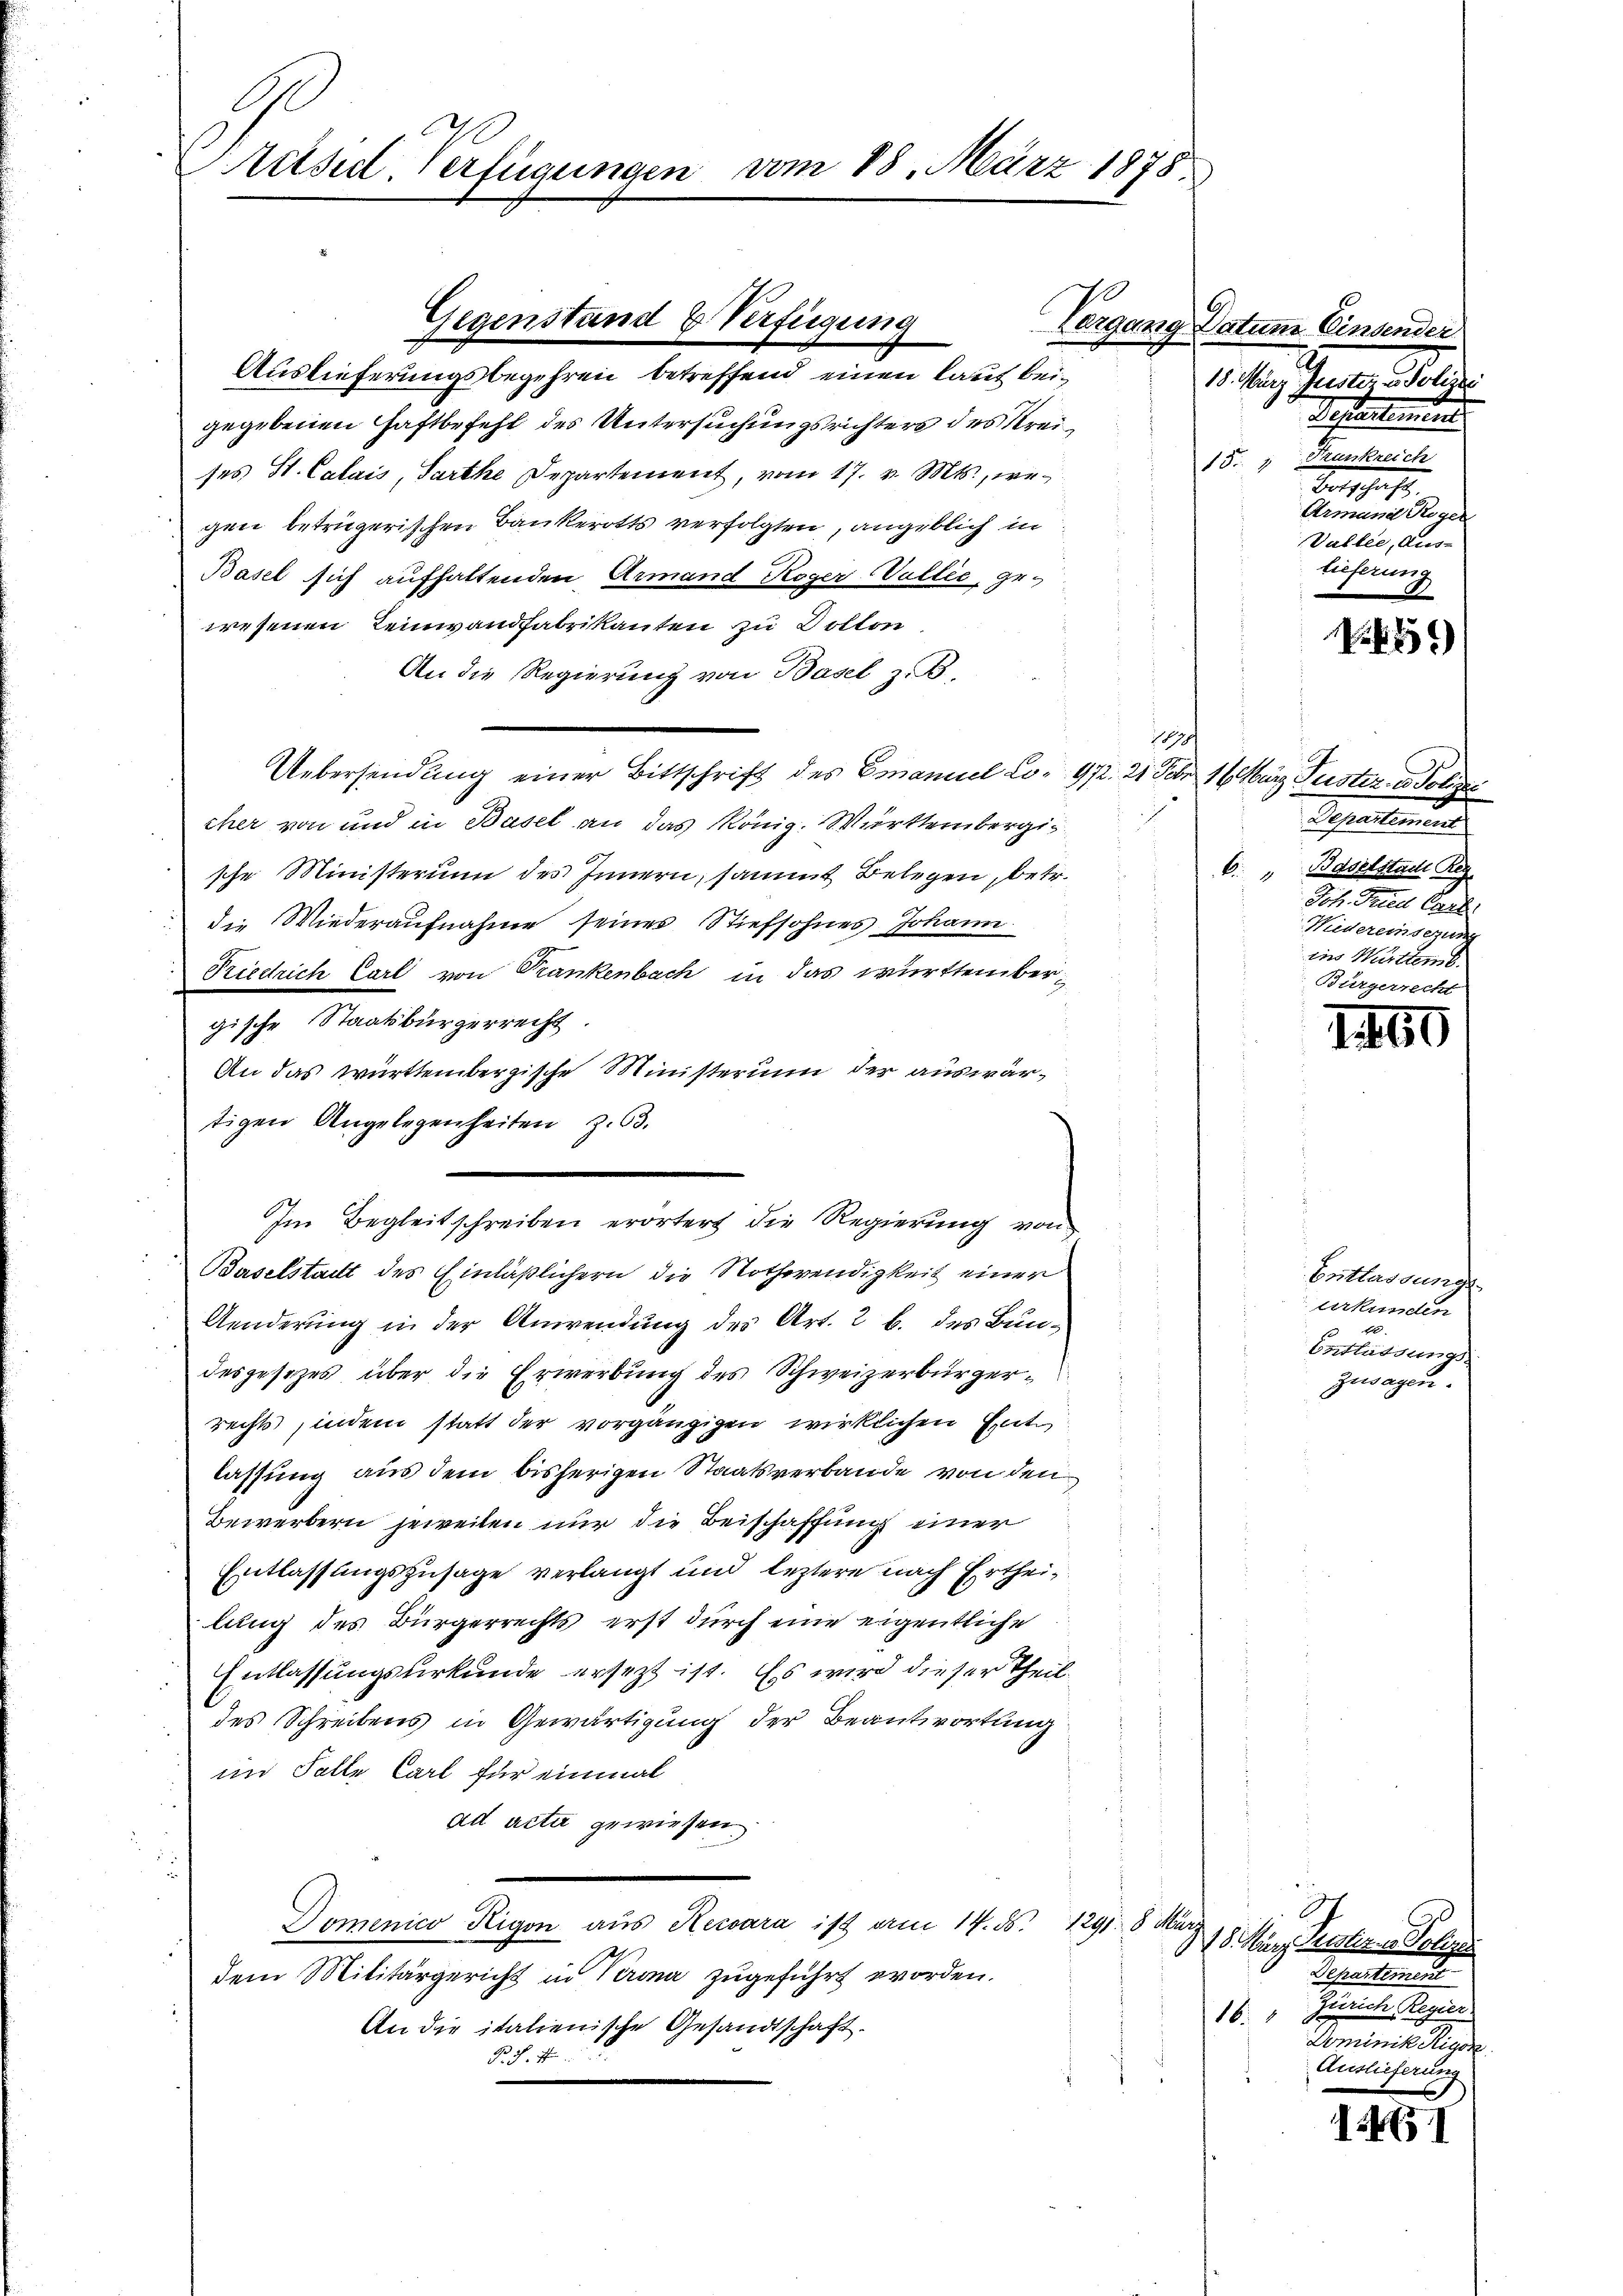
Präsid. Verfügungen vom 28. März 1878

Auslieferungsbegehren betreffend einen laut beigegebenen Haftbefehl des Untersuchungsrichters des Streises St. Calais, Parthe Departement, vom 17. v. Mts., wegen betrügerischen Bankerotts verfolgten, angeblich in
Basel sich aufhaltenden Armand Koger Vallie, gewesenen Leinwandfabrikanten zu Volton
An die Regierung von Basel z. B.
Uebersendung einer Bittschrift des Emanuel Co. 972. 21 Febr. 16 März Justiz u. Polizei
cher von und in Basel an das Königl. Württembergis
sche Ministerium des Innern, sammt Belegen, betr.
die Wiederaufnahme seines Stiefsohnes Johann
Riedrich Carl von Trankenbach in das württembergische Staatsbürgerrecht
An das württembergische Ministerum der auswärtigen Angelegenheiten Z. 63.
Baselstadt des Einläßlichern die Nothwendigkeit einer
Aenderung in der Anwendung des Art. 2 b. des Bundesgesezes über die Erwerbung des Schweizerbürgerrechts, indem statt der vorgängigen wirklichen Entlassung aus dem bisherigen Staatsverbande von den
Bewerbern jeweilen nur die Beischaffung einer
Entlassungszusage verlangt und leztere nach Ertheilung des Bürgerrechts erst durch eine eigentliche
Entlassungsurkunde ersezt ist. Es wird dieser Theildes Schreibens in Gewärtigung der Beantwortung
im Falle Carl für einmal
ad acta gewiesen.
Domenico Rigon aus Recoara ist vom 14. ds. 1291. 8. März
dem Militärgericht in Verona zugeführt worden.
An die italienische Gesandtschaft.
Pr. S. 7

Gegenstand & Verfügung

Im Begleitschreiben erörtert die Regierŭng von

1870

Vergang Datum Einsender
18. März. Justi u Polizei
Separtement
15. 1. Krankreich
Bertschaft,
Armund Regen
Vallee, Aus-
lieferung

Sachentiment
C. Baselstadt Reg
Joh. Fried Carl
Hudereinsehung
ins Württemb.
Bürgerrecht

318. März Perstern Kolle
Departement
Zürich Regier.
18
Dominik digire
Auslieferung

N

160

Entlassungs
urkunden
b
Entlassungs
Zusagen.

45